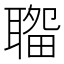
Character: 𦗎